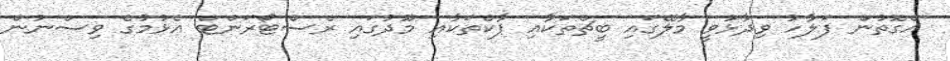
އެގޮތުން ފަލާހު ވިދާޅުވީ މާލޭގައި ބީޗްތަކާއި ޕާކްތަކާއި މޫދުގައި ރެސްޓޯރަންޓް އެޅުމުގެ ވިސްނުން